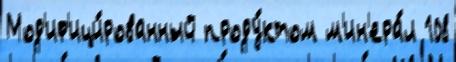
Мод'иф'ици́рованный проду́ктом м'ин'ера́л 108